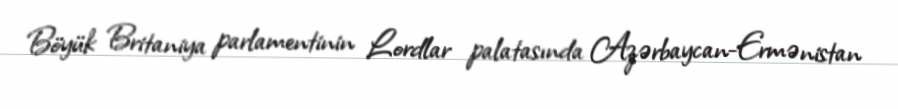
Böyük Britaniya parlamentinin Lordlar palatasında Azərbaycan-Ermənistan